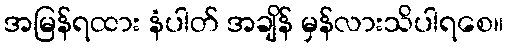
အမြန်ရထား နံပါတ် အချိန် မှန်လားသိပါရစေ။